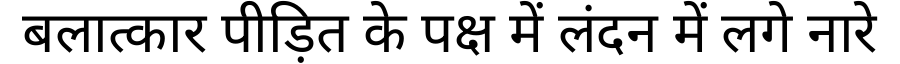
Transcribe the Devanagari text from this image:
बलात्कार पीड़ित के पक्ष में लंदन में लगे नारे